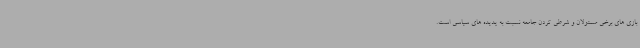
بازی های برخی مسئولان و شرطی کردن جامعه نسبت به پدیده های سیاسی است.